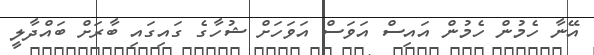
އޭނާ ހެމުން ހެމުން އައިސް އަވަސް އަވަހަށް ޝުހާގެ ގައިގައި ބާރަށް ބައްދާލީ